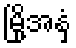
မြို့အနှံ့